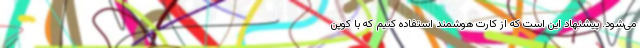
می‌شود. پیشنهاد این است که از کارت هوشمند استفاده کنیم که با کوپن